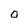
Character: O